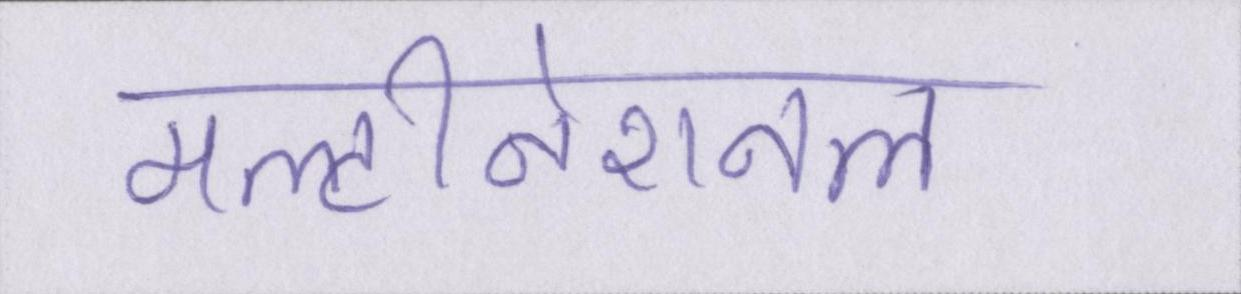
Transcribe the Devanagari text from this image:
मल्टीनेशनल